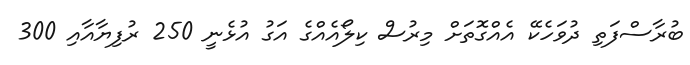
ބުރާސްފަތި ދުވަހެކޭ އެއްގޮތަށް މިރުސް ކިލޯއެއްގެ އަގު އުޅެނީ 250 ރުފިޔާއާއި 300